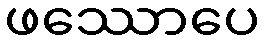
ဖဿောပေ